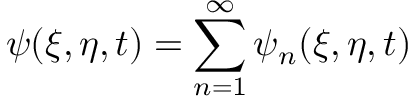
\psi ( \xi , \eta , t ) = \sum _ { n = 1 } ^ { \infty } \psi _ { n } ( \xi , \eta , t )